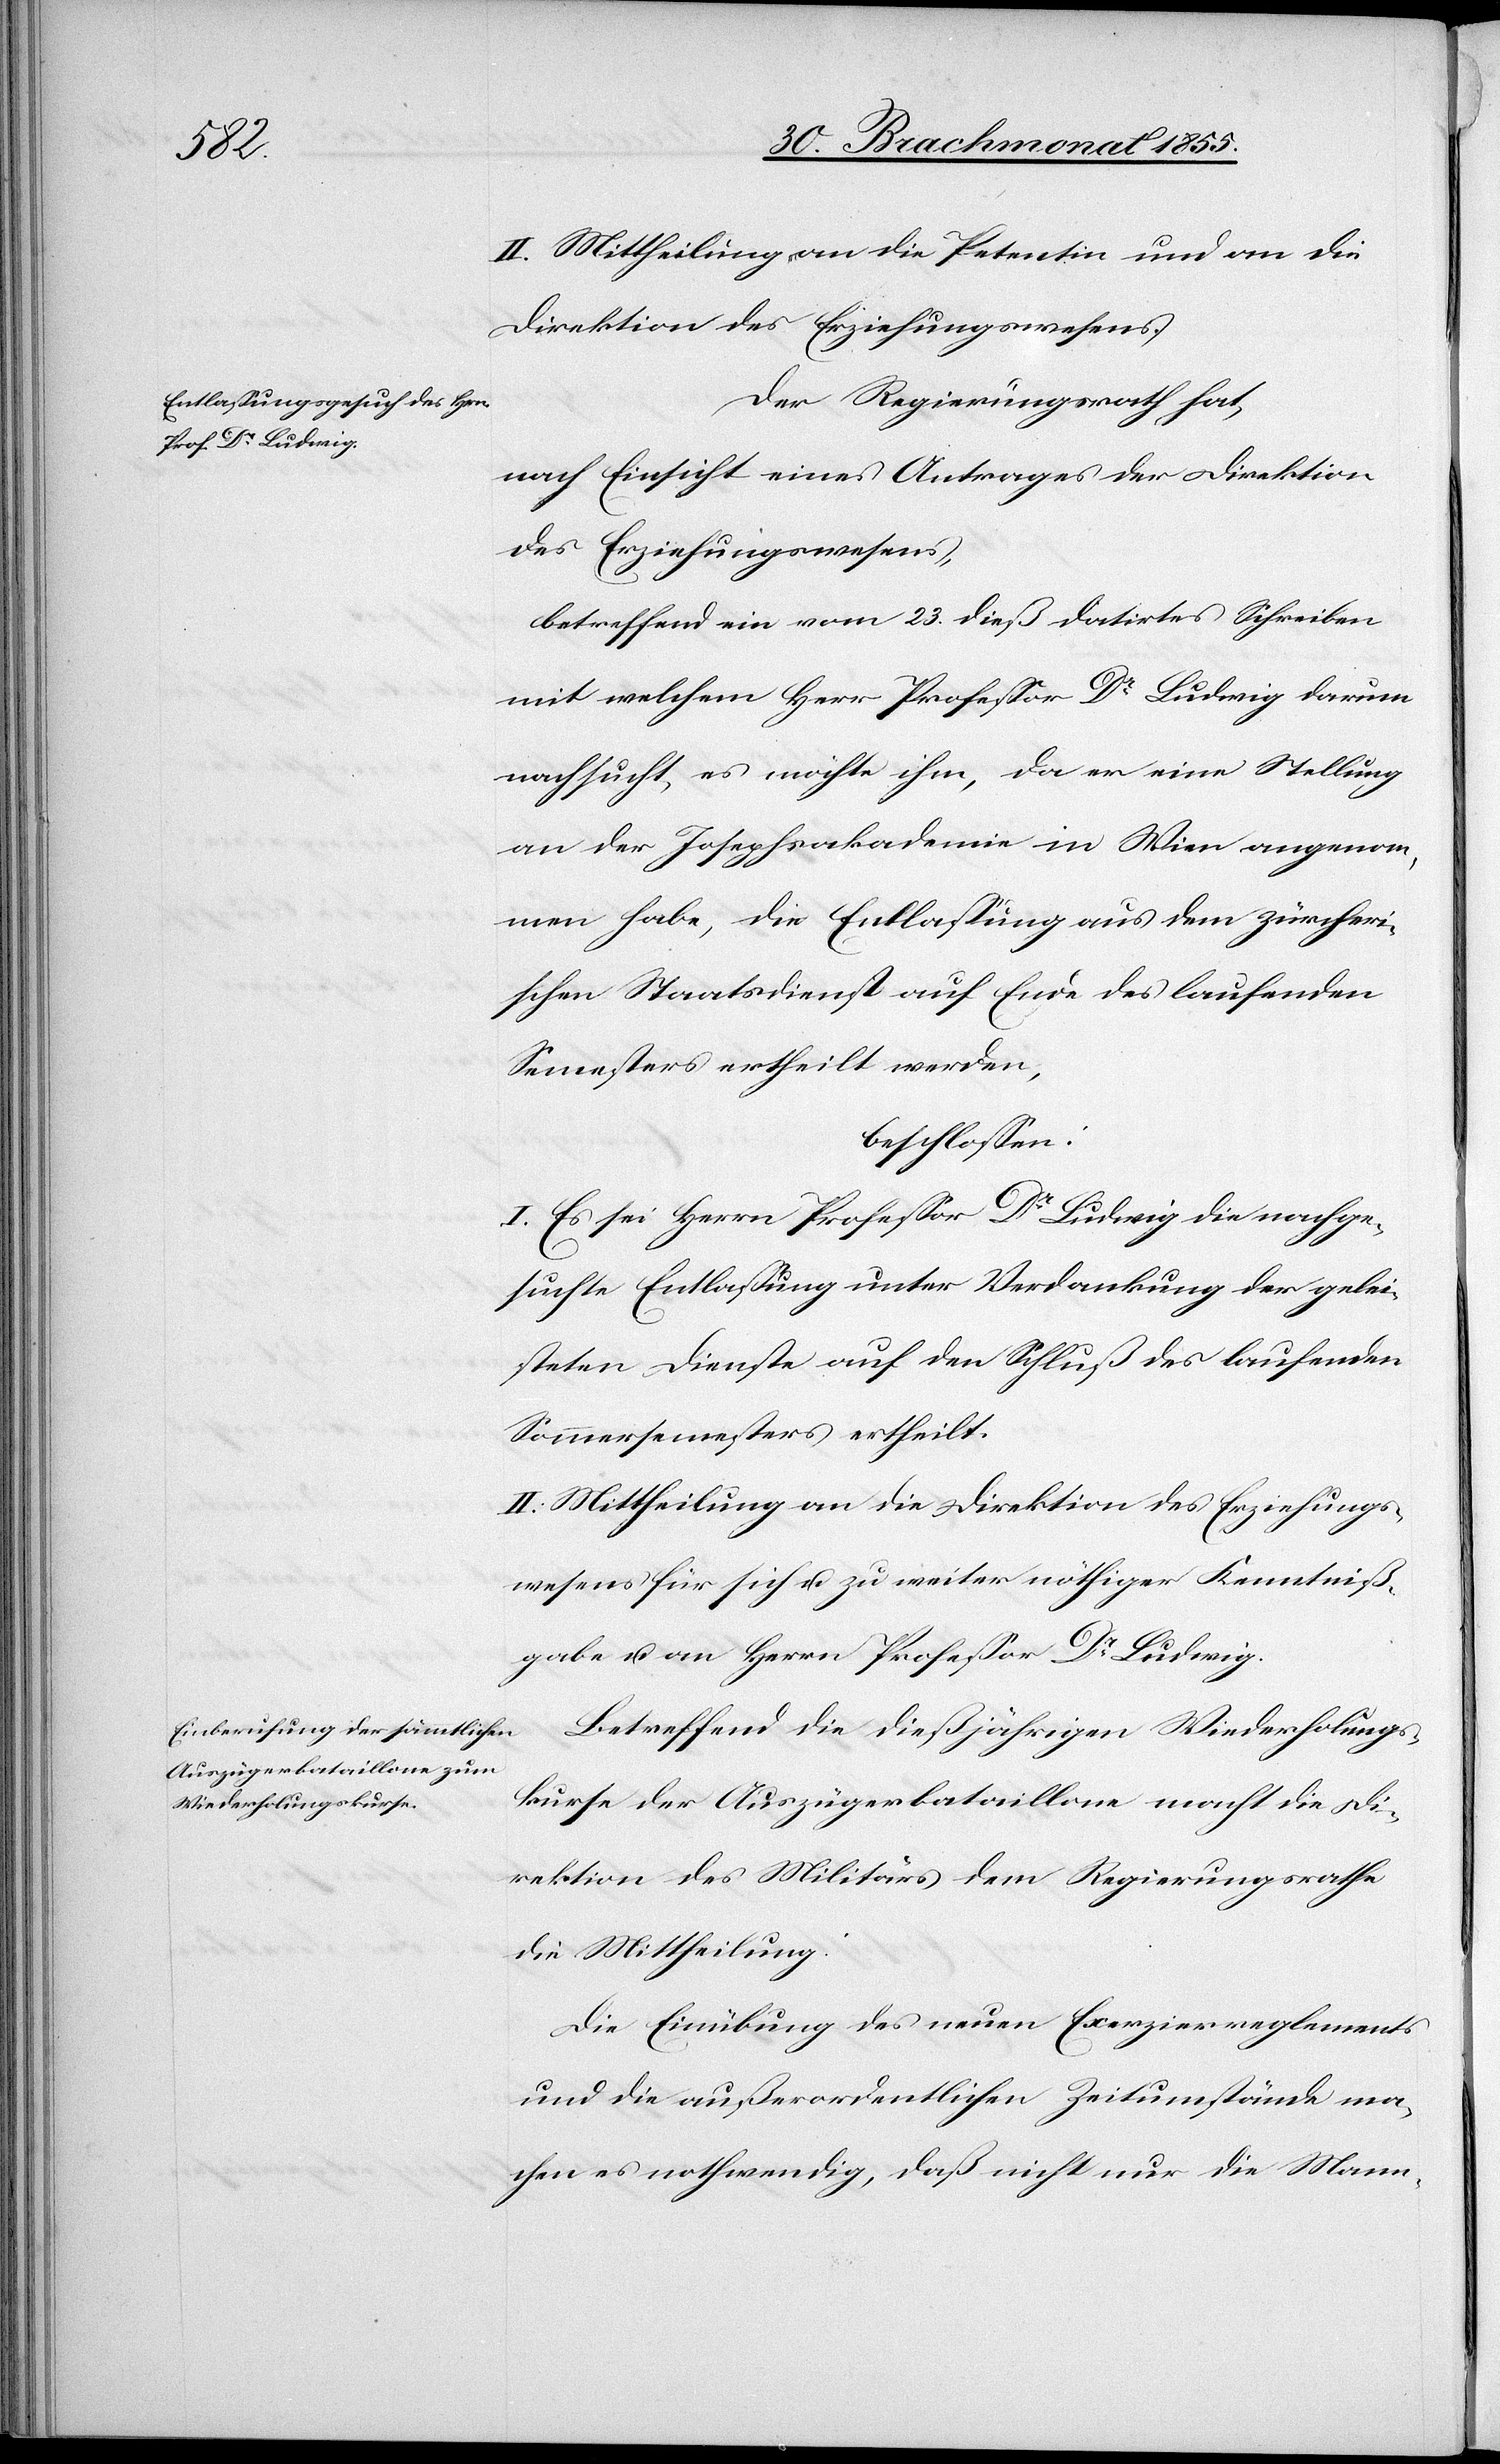
II. Mittheilung an die Petentin und an die
Direktion des Erziehungswesens.
Der Regierungsrath hat,
nach Einsicht eines Antrages der Direktion
des Erziehungswesens,
betreffend ein vom 23. dieß datirtes Schreiben
mit welchem Herr Professor Dr Ludwig darum
nachsucht, es möchte ihm, da er eine Stellung
an der Josephsakademie in Wien angenom¬
men habe, die Entlassung aus dem zürcheri¬
schen Staatsdienst auf Ende des laufenden
Semesters ertheilt werden,
beschlossen:
I. Es sei Herrn Professor Dr Ludwig die nachge¬
suchte Entlassung unter Verdankung der gelei¬
steten Dienste auf den Schluß des laufenden
Sommersemesters ertheilt.
II. Mittheilung an die Direktion des Erziehungs¬
wesens für sich u. zu weiter nöthiger Kenntniß¬
gabe u. an Herrn Professor Dr Ludwig.
Betreffend die dießjährigen Wiederholungs¬
kurse der Auszügerbataillone macht die Di¬
rektion des Militärs dem Regierungsrathe
die Mittheilung:
Die Einübung des neuen Exerzierreglements
und die außerordentlichen Zeitumstände ma¬
chen es nothwendig, daß nicht nur die Mann-